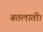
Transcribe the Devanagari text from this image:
बतलाती।